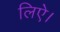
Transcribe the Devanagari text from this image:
लिऐ।